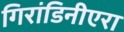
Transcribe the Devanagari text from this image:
गिरांडिनीएरा